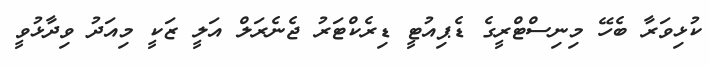
ކުޅިވަރާ ބެހޭ މިނިސްޓްރީގެ ޑެޕިއުޓީ ޑިރެކްޓަރު ޖެނެރަލް އަލީ ޒަކީ މިއަދު ވިދާޅުވީ